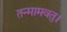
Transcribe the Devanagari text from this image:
तन्मामवतु।